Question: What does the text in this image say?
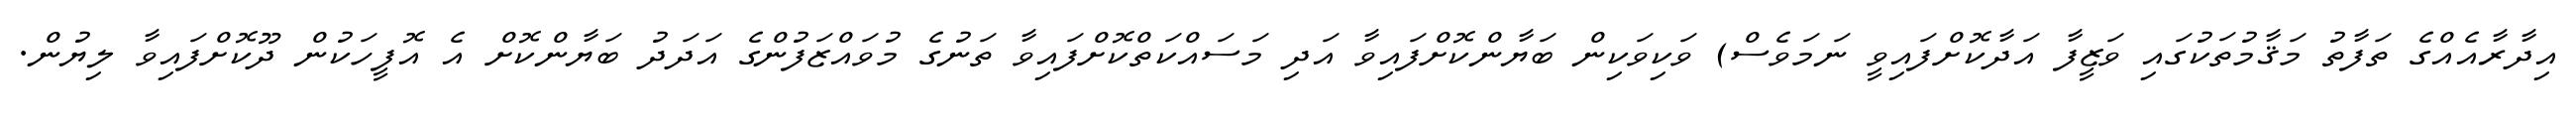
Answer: އިދާރާއެއްގެ ތަފާތު މަޤާމުތަކުގައި ވަޒީފާ އަދާކޮށްފައިވީ ނަމަވެސް) ވަކިވަކިން ބަޔާންކޮށްފައިވާ އަދި މަސައްކަތްކޮށްފައިވާ ތަނުގެ މުވައްޒަފުންގެ އަދަދު ބަޔާންކޮށް އެ އޮފީހަކުން ދޫކޮށްފައިވާ ލިޔުން.